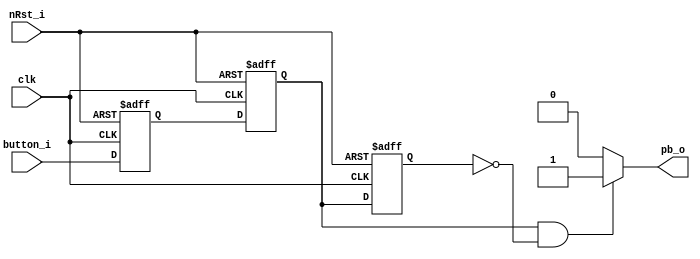
module t09_obstacle_sync_edge (
	clk,
	nRst_i,
	button_i,
	pb_o
);
	reg _sv2v_0;
	input wire clk;
	input wire nRst_i;
	input wire button_i;
	output reg pb_o;
	reg sync;
	reg pb_1;
	reg pb_2;
	always @(posedge clk or negedge nRst_i)
		if (!nRst_i) begin
			sync <= 0;
			pb_1 <= 0;
			pb_2 <= 0;
		end
		else begin
			sync <= button_i;
			pb_1 <= sync;
			pb_2 <= pb_1;
		end
	always @(*) begin
		if (_sv2v_0)
			;
		if (pb_1 && !pb_2)
			pb_o = 1;
		else
			pb_o = 0;
	end
	initial _sv2v_0 = 0;
endmodule